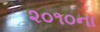
૨૦૧૦ના